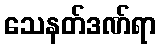
သေနတ်ဒဏ်ရာ